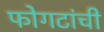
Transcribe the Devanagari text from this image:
फोगटांची